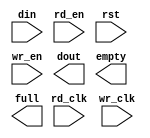
module fifo_xlnx_16x40_2clk(
	din,
	rd_clk,
	rd_en,
	rst,
	wr_clk,
	wr_en,
	dout,
	empty,
	full);


input [39 : 0] din;
input rd_clk;
input rd_en;
input rst;
input wr_clk;
input wr_en;
output [39 : 0] dout;
output empty;
output full;

// synthesis translate_off

      FIFO_GENERATOR_V4_3 #(
		.C_COMMON_CLOCK(0),
		.C_COUNT_TYPE(0),
		.C_DATA_COUNT_WIDTH(4),
		.C_DEFAULT_VALUE("BlankString"),
		.C_DIN_WIDTH(40),
		.C_DOUT_RST_VAL("0"),
		.C_DOUT_WIDTH(40),
		.C_ENABLE_RLOCS(0),
		.C_FAMILY("spartan3"),
		.C_FULL_FLAGS_RST_VAL(1),
		.C_HAS_ALMOST_EMPTY(0),
		.C_HAS_ALMOST_FULL(0),
		.C_HAS_BACKUP(0),
		.C_HAS_DATA_COUNT(0),
		.C_HAS_INT_CLK(0),
		.C_HAS_MEMINIT_FILE(0),
		.C_HAS_OVERFLOW(0),
		.C_HAS_RD_DATA_COUNT(0),
		.C_HAS_RD_RST(0),
		.C_HAS_RST(1),
		.C_HAS_SRST(0),
		.C_HAS_UNDERFLOW(0),
		.C_HAS_VALID(0),
		.C_HAS_WR_ACK(0),
		.C_HAS_WR_DATA_COUNT(0),
		.C_HAS_WR_RST(0),
		.C_IMPLEMENTATION_TYPE(2),
		.C_INIT_WR_PNTR_VAL(0),
		.C_MEMORY_TYPE(2),
		.C_MIF_FILE_NAME("BlankString"),
		.C_MSGON_VAL(1),
		.C_OPTIMIZATION_MODE(0),
		.C_OVERFLOW_LOW(0),
		.C_PRELOAD_LATENCY(0),
		.C_PRELOAD_REGS(1),
		.C_PRIM_FIFO_TYPE("512x72"),
		.C_PROG_EMPTY_THRESH_ASSERT_VAL(4),
		.C_PROG_EMPTY_THRESH_NEGATE_VAL(5),
		.C_PROG_EMPTY_TYPE(0),
		.C_PROG_FULL_THRESH_ASSERT_VAL(15),
		.C_PROG_FULL_THRESH_NEGATE_VAL(14),
		.C_PROG_FULL_TYPE(0),
		.C_RD_DATA_COUNT_WIDTH(4),
		.C_RD_DEPTH(16),
		.C_RD_FREQ(1),
		.C_RD_PNTR_WIDTH(4),
		.C_UNDERFLOW_LOW(0),
		.C_USE_DOUT_RST(1),
		.C_USE_ECC(0),
		.C_USE_EMBEDDED_REG(0),
		.C_USE_FIFO16_FLAGS(0),
		.C_USE_FWFT_DATA_COUNT(0),
		.C_VALID_LOW(0),
		.C_WR_ACK_LOW(0),
		.C_WR_DATA_COUNT_WIDTH(4),
		.C_WR_DEPTH(16),
		.C_WR_FREQ(1),
		.C_WR_PNTR_WIDTH(4),
		.C_WR_RESPONSE_LATENCY(1))
	inst (
		.DIN(din),
		.RD_CLK(rd_clk),
		.RD_EN(rd_en),
		.RST(rst),
		.WR_CLK(wr_clk),
		.WR_EN(wr_en),
		.DOUT(dout),
		.EMPTY(empty),
		.FULL(full),
		.CLK(),
		.INT_CLK(),
		.BACKUP(),
		.BACKUP_MARKER(),
		.PROG_EMPTY_THRESH(),
		.PROG_EMPTY_THRESH_ASSERT(),
		.PROG_EMPTY_THRESH_NEGATE(),
		.PROG_FULL_THRESH(),
		.PROG_FULL_THRESH_ASSERT(),
		.PROG_FULL_THRESH_NEGATE(),
		.RD_RST(),
		.SRST(),
		.WR_RST(),
		.ALMOST_EMPTY(),
		.ALMOST_FULL(),
		.DATA_COUNT(),
		.OVERFLOW(),
		.PROG_EMPTY(),
		.PROG_FULL(),
		.VALID(),
		.RD_DATA_COUNT(),
		.UNDERFLOW(),
		.WR_ACK(),
		.WR_DATA_COUNT(),
		.SBITERR(),
		.DBITERR());


// synthesis translate_on

endmodule